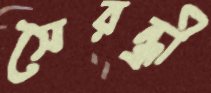
সৈরন্ধ্রী